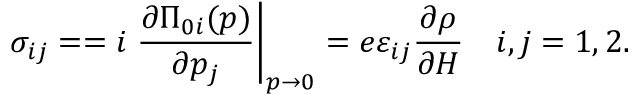
\sigma _ { i j } = = i \left. \frac { \partial \Pi _ { 0 i } ( p ) } { \partial p _ { j } } \right| _ { p \rightarrow 0 } = e \varepsilon _ { i j } \frac { \partial \rho } { \partial H } \quad i , j = 1 , 2 .